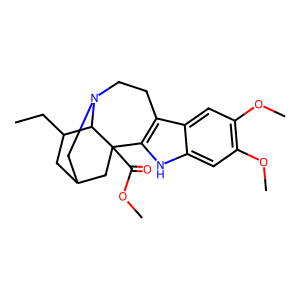
SMILES: CCC1CC2CN3CCc4c([nH]c5cc(OC)c(OC)cc45)C(C(=O)OC)(C2)C13
Inhibits HIV replication: No